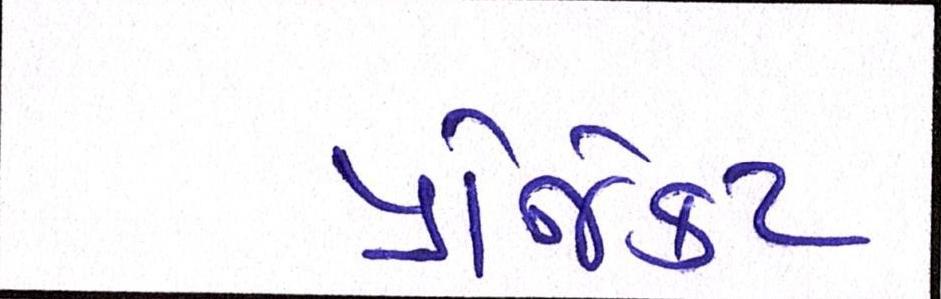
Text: પ્રોજેક્ટ